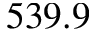
5 3 9 . 9